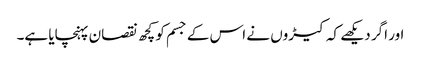
اور اگر دیکھے کہ کیڑوں نے اس کے جسم کو کچھ نقصان پہنچایا ہے۔